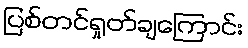
ပြစ်တင်ရှုတ်ချကြောင်း